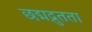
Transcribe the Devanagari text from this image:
छद्मद्रुतता